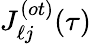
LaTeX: J_{\ell j}^{(ot)}(\tau)